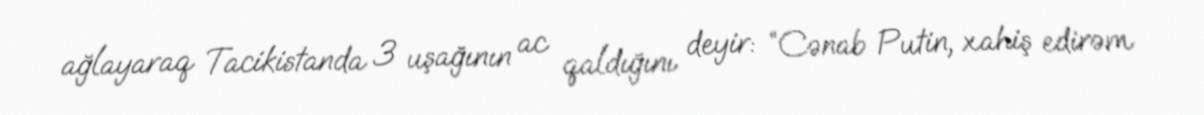
ağlayaraq Tacikistanda 3 uşağının ac qaldığını deyir: “Cənab Putin, xahiş edirəm